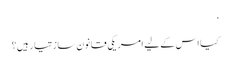
‘
کیا اس کے لیے امریکی قانون ساز تیار ہیں؟